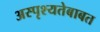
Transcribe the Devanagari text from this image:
अस्पृश्यतेबाबत